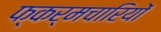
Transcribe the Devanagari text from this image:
फ्कर्मचारियों